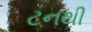
ટનથી